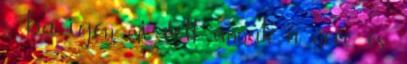
s ha igen, mi volt annak a neve, és